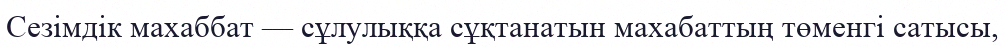
Сезімдік махаббат — сұлулыққа сұқтанатын махабаттың төменгі сатысы,